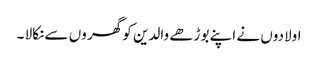
اولادوں نے اپنے بوڑھے والدین کو گھر وں سے نکالا ۔